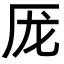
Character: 厐